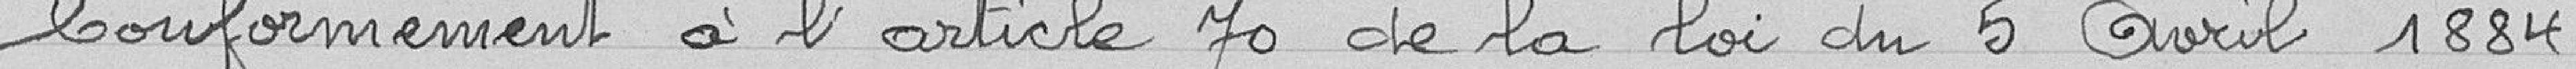
Conformément à l'article 70 de la loi du 5 avril 1884.